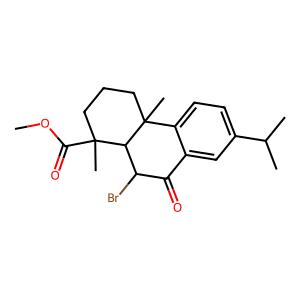
SMILES: COC(=O)C1(C)CCCC2(C)c3ccc(C(C)C)cc3C(=O)C(Br)C12
Inhibits HIV replication: No